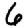
Digit: 6